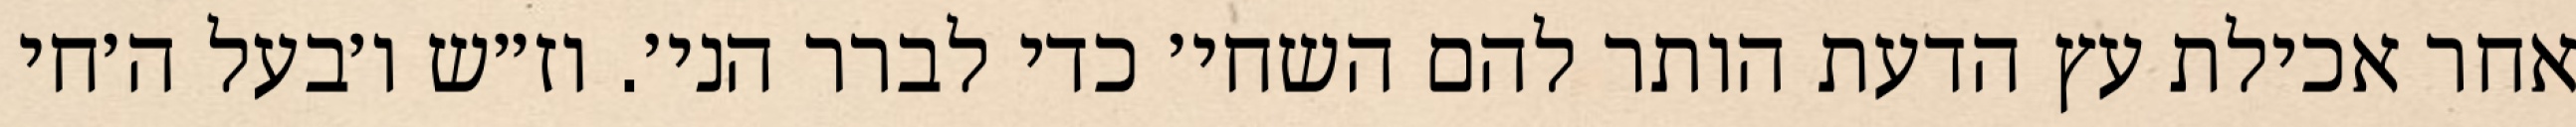
אחר אכילת עץ הדעת הותר להם השחי׳ כדי לברר הני׳. וז״ש ו׳בעל ה׳חי